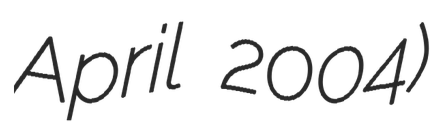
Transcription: April 2004)